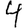
Digit: 4